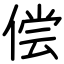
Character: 偿